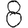
Digit: 8